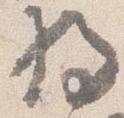
将